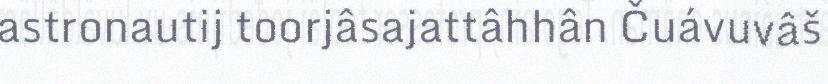
astronautij toorjâsajattâhhân Čuávuvâš